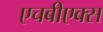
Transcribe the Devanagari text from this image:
एचबीएक्स